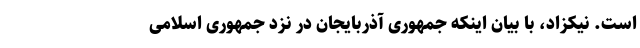
است. نیکزاد، با بیان اینکه جمهوری آذربایجان در نزد جمهوری اسلامی